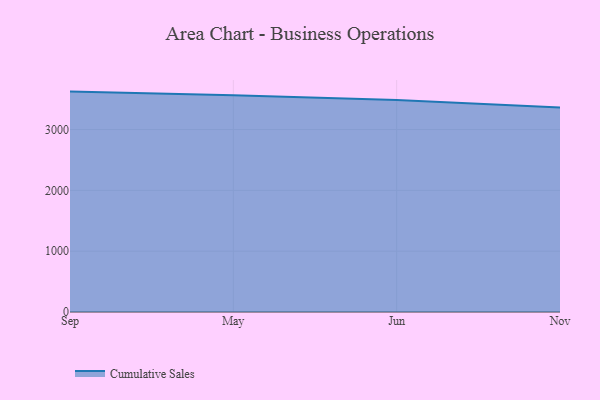
{"axis": {"x": "Month", "y": "Budget (USD K)"}, "legend": ["Cumulative Sales"], "data": [{"x": "Sep", "y": 3623.8, "type": "Cumulative Sales"}, {"x": "May", "y": 3562.2, "type": "Cumulative Sales"}, {"x": "Jun", "y": 3486.8, "type": "Cumulative Sales"}, {"x": "Nov", "y": 3363.5, "type": "Cumulative Sales"}]}